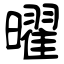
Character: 曜